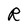
Character: R